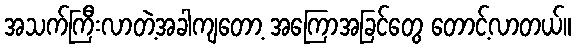
အသက်ကြီးလာတဲ့အခါကျတော့ အကြောအခြင်တွေ တောင့်လာတယ်။